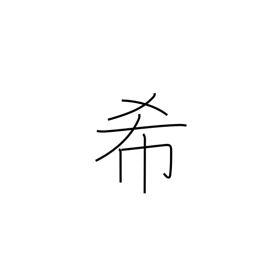
Meaning: pray